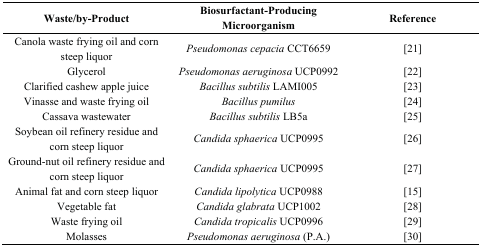
| Waste/by-Product | Biosurfactant-Producing Microorganism | Reference |
 | --- | --- | --- |
 | Canola waste frying oil and corn steep liquor | Pseudomonas cepacia CCT6659 | [21] |
 | Glycerol | Pseudomonas aeruginosa UCP0992 | [22] |
 | Clarified cashew apple juice | Bacillus subtilis LAMI005 | [23] |
 | Vinasse and waste frying oil | Bacillus pumilus | [24] |
 | Cassava wastewater | Bacillus subtilis LB5a | [25] |
 | Soybean oil refinery residue and corn steep liquor | Candida sphaerica UCP0995 | [26] |
 | Ground-nut oil refinery residue and corn steep liquor | Candida sphaerica UCP0995 | [27] |
 | Animal fat and corn steep liquor | Candida lipolytica UCP0988 | [15] |
 | Vegetable fat | Candida glabrata UCP1002 | [28] |
 | Waste frying oil | Candida tropicalis UCP0996 | [29] |
 | Molasses | Pseudomonas aeruginosa (P.A.) | [30] |